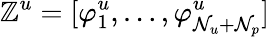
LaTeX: \mathbb{Z}^{u}=[\varphi_{1}^{u},\dots,\varphi_{\mathcal{N}_{u}+\mathcal{N}_{p}}^{u}]